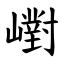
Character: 㠚